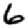
Digit: 6